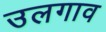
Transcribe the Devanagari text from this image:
उलगाव